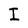
Character: I